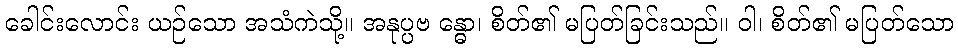
ခေါင်းလောင်း ယဉ်သော အသံကဲသို့။ အနုပ္ပဗ န္ဓော၊ စိတ်၏ မပြတ်ခြင်းသည်။ ဝါ၊ စိတ်၏ မပြတ်သော